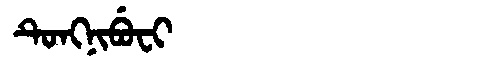
Manchu: ᡨᡠᠩᠨᡳᠪᡠᠸᡳ
Romanization: TUNGNIBUFI